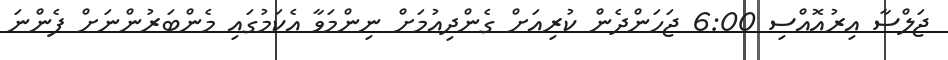
ޖަލްސާ އިރުއޮއްސި 6:00 ޖަހަންދެން ކުރިއަށް ގެންދިއުމަށް ނިންމަވާ އެކަމުގައި މެންބަރުންނަށް ފެންނަ